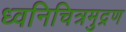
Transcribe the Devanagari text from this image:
ध्वनिचित्रमुद्रण